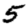
Digit: 5